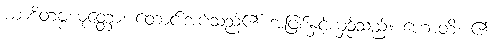
ယာစိတဗ္ဗယုတ္တော၊ တောင်းအပ်သည်၏ အဖြစ်နှင့်ယှဉ်သည်။ ဟောတိ၊ ၏။